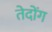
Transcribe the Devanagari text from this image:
तेदोंग